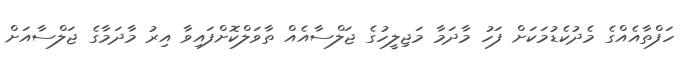
ހަފްތާއެއްގެ މެދުކެޑުމަކަށް ފަހު މާދަމާ މަޖިލީހުގެ ޖަލްސާއެއް ތާވަލްކޮށްފައިވާ އިރު މާދަމާގެ ޖަލްސާއަށް